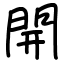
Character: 開